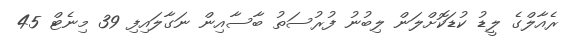
ރެއާލްގެ ލީޑު ކުޑަކޮށްލަން ލިބުނު ފުރުސަތު ބާސާއިން ނަގާލައިފި 39 މިނެޓް 45